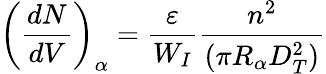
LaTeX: \left(\frac{dN}{dV}\right)_{\alpha}=\frac{\varepsilon}{W_{I}}\frac{n^{2}}{(\pi R_{\alpha}D_{T}^{2})}